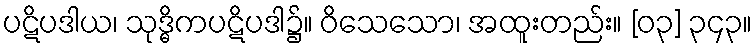
ပဋိပဒါယ၊ သုဒ္ဓိကပဋိပဒါ၌။ ဝိသေသော၊ အထူးတည်း။ [၀၃] ၃၄၃။